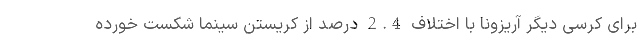
برای کرسی دیگر آریزونا با اختلاف 2.4 درصد از کریستن سینما شکست خورده